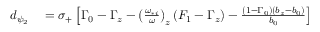
\begin{array} { r l } { d _ { \psi _ { 2 } } } & { { } = \sigma _ { + } \left[ \Gamma _ { 0 } - \Gamma _ { z } - \left( \frac { \omega _ { * i } } { \omega } \right) _ { z } \left( F _ { 1 } - \Gamma _ { z } \right) - \frac { \left( 1 - \Gamma _ { 0 } \right) \left( b _ { z } - b _ { 0 } \right) } { b _ { 0 } } \right] } \end{array}